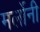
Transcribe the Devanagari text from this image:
मर्लोनी